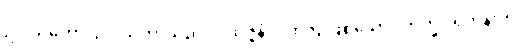
ဥပါသကော၊ ဥပါသကာသည်။ ပုထုဇ္ဇနံ၊ ပုထုဇဉ်ဖြစ်သော။ ဘိက္ခုံ၊ ရဟန်းကို။